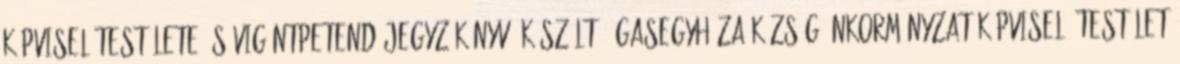
Képviselőtestülete és Vigántpetend Jegyzőkönyv. Készült: Ágasegyháza Község Önkormányzat Képviselő-testület